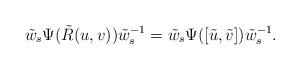
LaTeX: \begin{align*} \tilde{w}_s \Psi(\tilde{R}(u,v))\tilde{w}_s^{-1}=\tilde{w}_s \Psi([\tilde{u},\tilde{v}])\tilde{w}_s^{-1}.\end{align*}